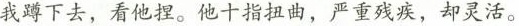
我蹲下去，看他捏。他十指扭曲，严重残疾，却灵活。